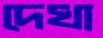
দেখা